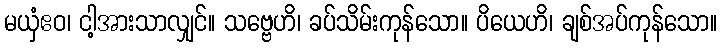
မယှံဧဝ၊ ငါ့အားသာလျှင်။ သဗ္ဗေဟိ၊ ခပ်သိမ်းကုန်သော။ ပိယေဟိ၊ ချစ်အပ်ကုန်သော။